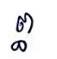
ព្ធ